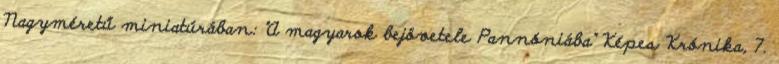
Nagyméretű miniatúrában: "A magyarok bejövetele Pannóniába" Képes Krónika, 7.